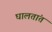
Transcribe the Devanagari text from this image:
घालतांत